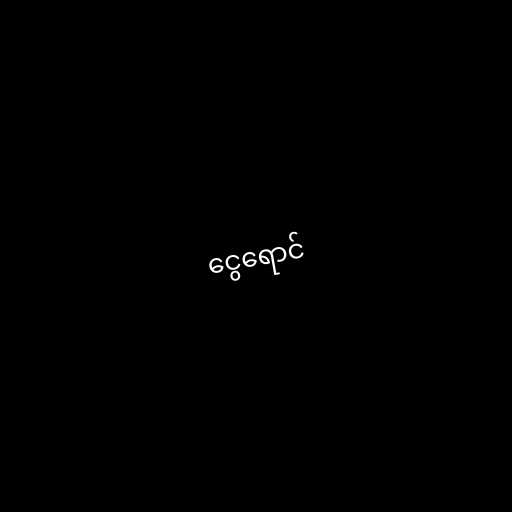
ငွေရောင်